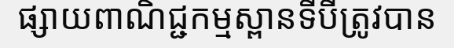
ផ្សាយពាណិជ្ជកម្មស្ពានទីបីត្រូវបាន